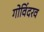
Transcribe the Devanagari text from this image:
गोविंदरव